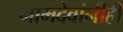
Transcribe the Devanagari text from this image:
नामदेवांनीही